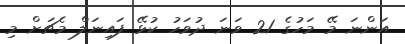
އަންނަ މޭ މަހުގެ 21 ވަނަ ދުވަހު ކުޅޭ ފައިނަލް މެޗަށް މި